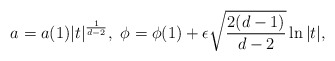
\begin{align*}a=a(1)\vert t\vert ^{\frac{1}{d-2}},\ \phi=\phi (1)+ \epsilon\sqrt{\frac{2(d-1)}{d-2}}\ln \vert t \vert, \end{align*}